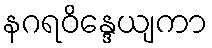
နဂရဝိန္ဒေယျကာ